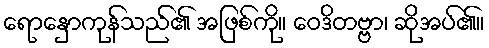
ရောနှောကုန်သည်၏ အဖြစ်ကို။ ဝေဒိတဗ္ဗာ၊ ဆိုအပ်၏။